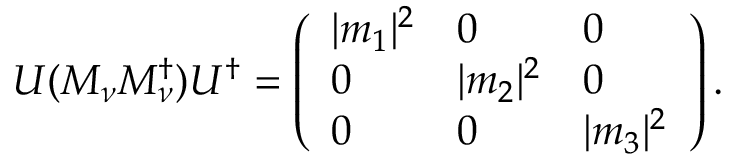
U ( { \cal M } _ { \nu } { \cal M } _ { \nu } ^ { \dagger } ) U ^ { \dagger } = \left( \begin{array} { l l l } { { | m _ { 1 } | ^ { 2 } } } & { { 0 } } & { { 0 } } \\ { { 0 } } & { { | m _ { 2 } | ^ { 2 } } } & { { 0 } } \\ { { 0 } } & { { 0 } } & { { | m _ { 3 } | ^ { 2 } } } \end{array} \right) .